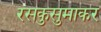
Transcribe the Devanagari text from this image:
रसकुसुमाकर